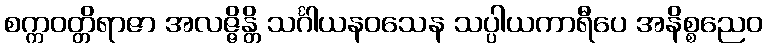
စက္ကဝတ္တိရာဇာ အလဇ္ဇိန္တိ သင်္ဂါယနဝသေန သပ္ပါယကာရီပေ အနိစ္စညေဝ